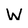
Character: W